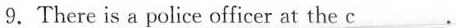
9.There is a police officer at the \underline{c}